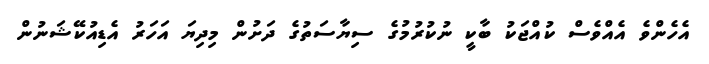
އެހެންވެ އެއްވެސް ކުއްޖަކު ބާކީ ނުކުރުމުގެ ސިޔާސަތުގެ ދަށުން މިދިޔަ އަހަރު އެޑިއުކޭޝަނުން